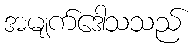
အမျက်ဒေါသသည်